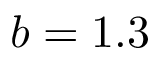
b = 1 . 3